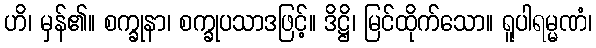
ဟိ၊ မှန်၏။ စက္ခုနာ၊ စက္ခုပသာဒဖြင့်။ ဒိဋ္ဌိ၊ မြင်ထိုက်သော။ ရူပါရမ္မဏံ၊